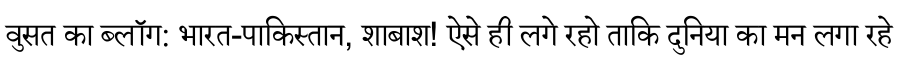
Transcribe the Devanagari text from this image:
वुसत का ब्लॉग: भारत-पाकिस्तान, शाबाश! ऐसे ही लगे रहो ताकि दुनिया का मन लगा रहे